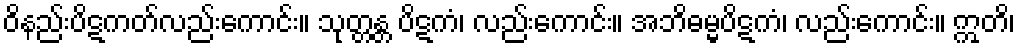
ဝိနည်းပိဋကတ်လည်းကောင်း။ သုတ္တန္တ ပိဋကံ၊ လည်းကောင်း။ အဘိဓမ္မပိဋကံ၊ လည်းကောင်း။ ဣတိ၊